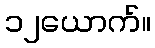
၁၂ယောက်။